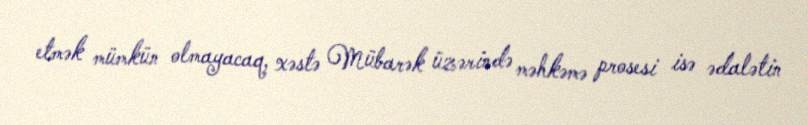
etmək mümkün olmayacaq, xəstə Mübarək üzərində məhkəmə prosesi isə ədalətin